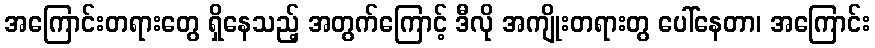
အကြောင်းတရားတွေ ရှိနေသည့် အတွက်ကြောင့် ဒီလို အကျိုးတရားတွ ပေါ်နေတာ၊ အကြောင်း